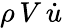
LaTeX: \rho\, V\, {\dot{u}}